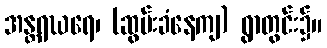
အန္တရဃရေ၊ (ဆွမ်းခံနေကျ) ရွာတွင်း၌။